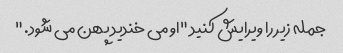
جمله زیر را ویرایش کنید "او می خندید پهن می شود."